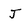
Character: J